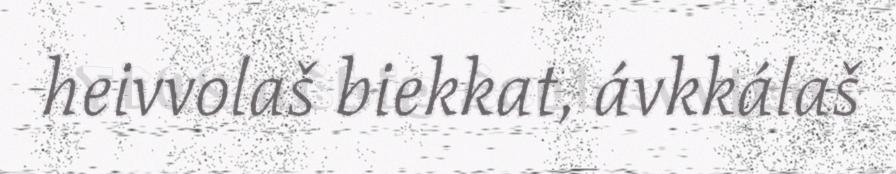
heivvolaš biekkat, ávkkálaš